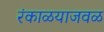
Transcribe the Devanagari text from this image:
रंकाळयाजवळ